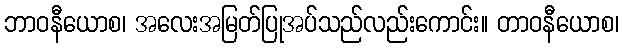
ဘာဝနီယောစ၊ အလေးအမြတ်ပြုအပ်သည်လည်းကောင်း။ တာဝနီယောစ၊